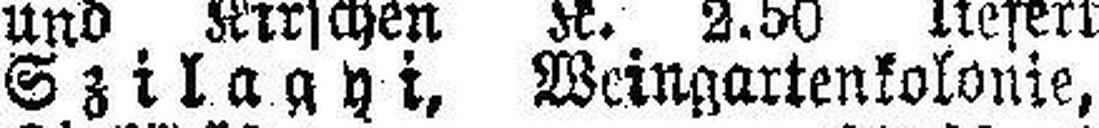
Szilagyi, Weingartenkolonie,